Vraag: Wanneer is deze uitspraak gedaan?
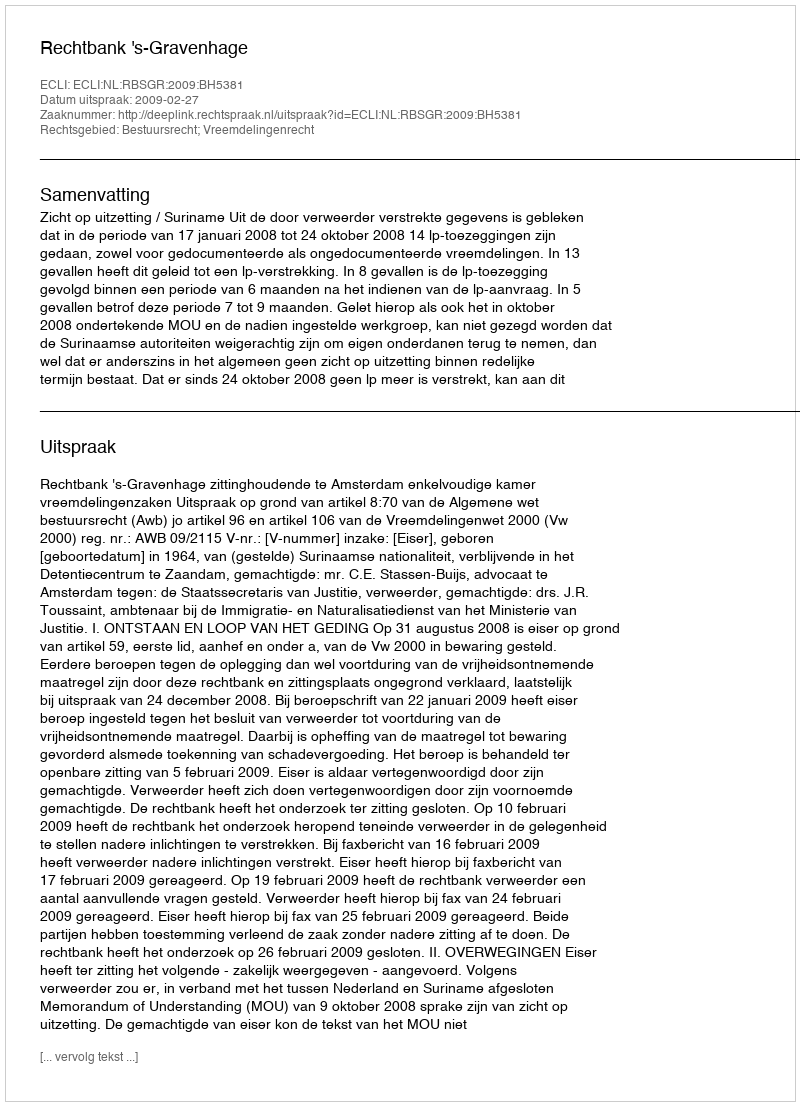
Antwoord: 2009-02-27